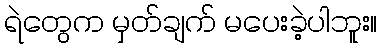
ရဲတွေက မှတ်ချက် မပေးခဲ့ပါဘူး။